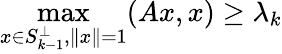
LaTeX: \operatorname*{max}_{x\in S_{k-1}^{\perp},\| x\| =1}(Ax,x)\geq\lambda_{k}